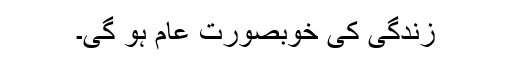
زندگی کی خوبصورت عام ہو گی۔